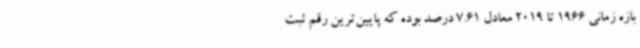
بازه زمانی 1966 تا 2019 معادل 7.61 درصد بوده که پایین‌ترین رقم ثبت